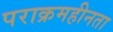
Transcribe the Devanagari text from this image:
पराक्रमहीनता